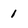
Character: 1